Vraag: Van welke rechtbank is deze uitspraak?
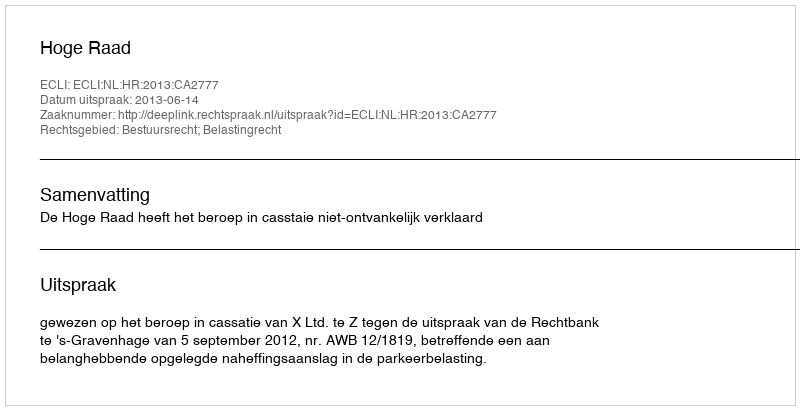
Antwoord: Hoge Raad